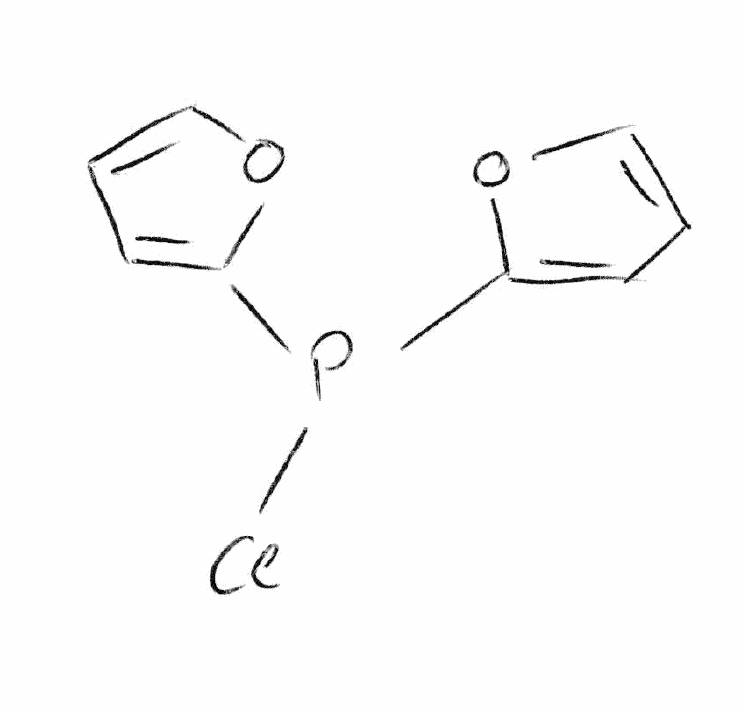
Simplified molecular-input line-entry system (SMILES) notation of the given molecule:
C1=COC(=C1)P(C2=CC=CO2)Cl